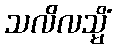
သလိလသ္မိံ